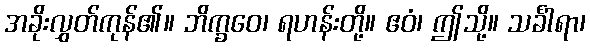
အခိုးလွှတ်ကုန်၏။ ဘိက္ခဝေ၊ ရဟန်းတို့။ ဧဝံ၊ ဤသို့။ သင်္ခါရာ၊